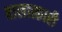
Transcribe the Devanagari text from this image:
बालात्कारी